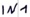
Text: IN1